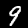
Digit: 9